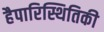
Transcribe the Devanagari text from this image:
हैपारिस्थितिकी